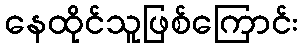
နေထိုင်သူဖြစ်ကြောင်း